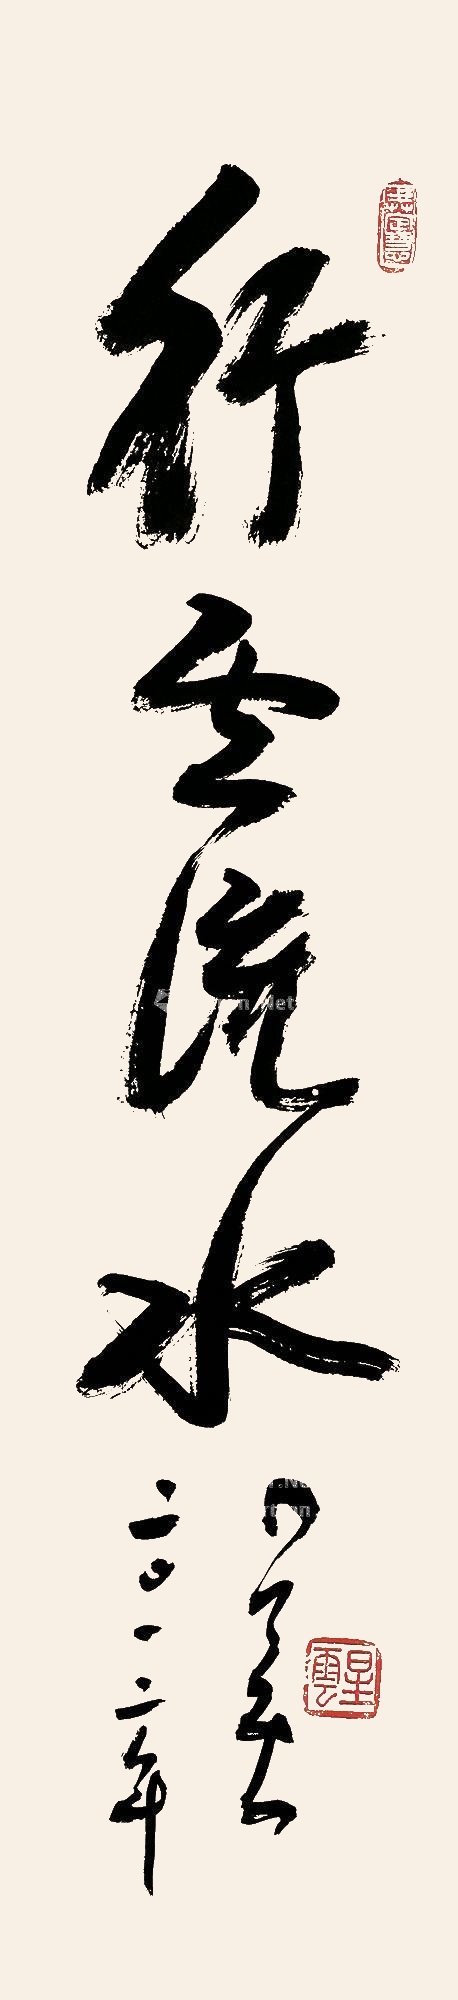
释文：行云流水。星云，二〇一二年。